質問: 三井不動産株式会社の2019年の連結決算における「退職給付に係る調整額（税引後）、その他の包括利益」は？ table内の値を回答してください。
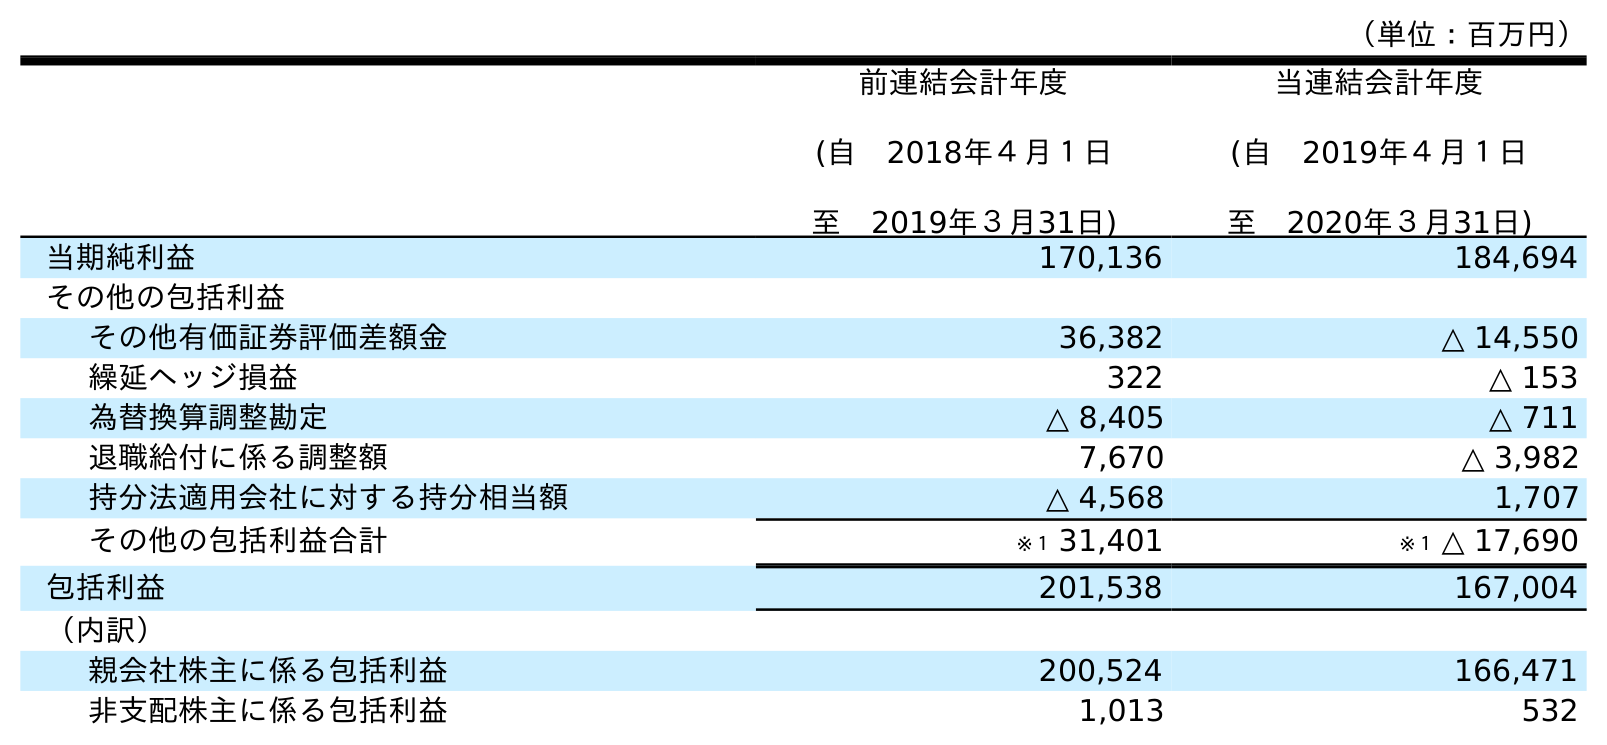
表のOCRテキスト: （単位：百万円） 前連結会計年度 (自 2018年４月１日 至 2019年３月31日) 当連結会計年度 (自 2019年４月１日 至 2020年３月31日) 当期純利益 170,136 184,694 その他の包括利益 その他有価証券評価差額金 36,382 △ 14,550 繰延ヘッジ損益 322 △ 153 為替換算調整勘定 △ 8,405 △ 711 退職給付に係る調整額 7,670 △ 3,982 持分法適用会社に対する持分相当額 △ 4,568 1,707 その他の包括利益合計 ※１ 31,401 ※１ △ 17,690 包括利益 201,538 167,004 （内訳） 親会社株主に係る包括利益 200,524 166,471 非支配株主に係る包括利益 1,013 532
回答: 7,670